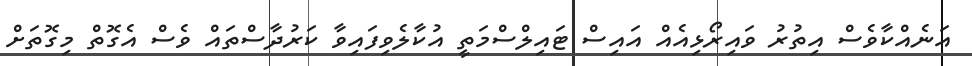
އަނެއްކާވެސް އިތުރު ވައިރޯޅިއެއް އައިސް ޓައިލްސްމަތީ އުކާލެވިފައިވާ ކަރުދާސްތައް ވެސް އެގޮތް މިގޮތަށް